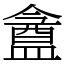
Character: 盦